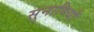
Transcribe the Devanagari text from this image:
सुनामियाँ